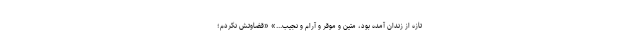
تازه از زندان آمده بود، متین و موقر و آرام و نجیب...» «قضاوتش نکردم؛